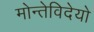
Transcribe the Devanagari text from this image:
मोन्तेविदेयो